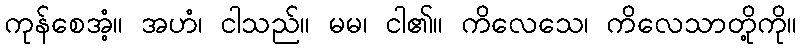
ကုန်စေအံ့။ အဟံ၊ ငါသည်။ မမ၊ ငါ၏။ ကိလေသေ၊ ကိလေသာတို့ကို။